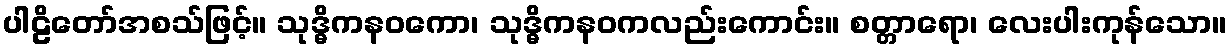
ပါဠိတော်အစသ်ဖြင့်။ သုဒ္ဓိကနဝကော၊ သုဒ္ဓိကနဝကလည်းကောင်း။ စတ္တာရော၊ လေးပါးကုန်သော။